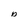
Character: D